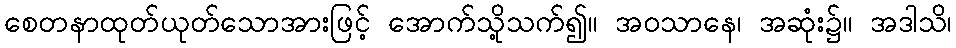
စေတနာထုတ်ယုတ်သောအားဖြင့် အောက်သို့သက်၍။ အဝသာနေ၊ အဆုံး၌။ အဒါသိ၊